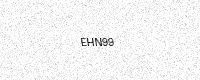
Text: EHN99